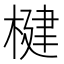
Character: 楗